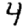
Digit: 4